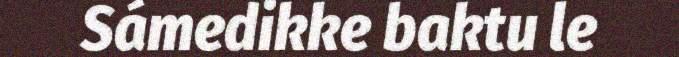
Sámedikke baktu le